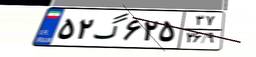
۹۶گ۸۷۳۵۱